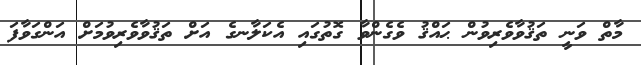
މާތް ވަނީ ތަޤުވާވެރިވުން ޙައްޤު ވެގެންވާ ގޮތުގައި އެކަލާނގެ އަށް ތަޤުވާވެރިވުމަށް އަންގަވާފަ